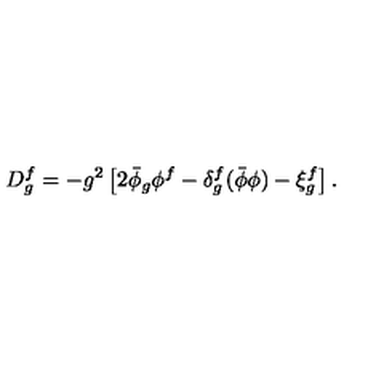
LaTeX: D _ { g } ^ { f } = - g ^ { 2 } \left[ 2 \bar { \phi } _ { g } \phi ^ { f } - \delta _ { g } ^ { f } ( \bar { \phi } \phi ) - \xi _ { g } ^ { f } \right] .